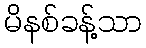
မိနစ်ခန့်သာ